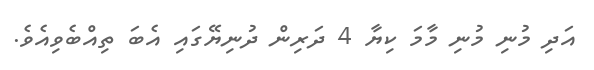
އަދި މުނި މުނި މާމަ ކިޔާ 4 ދަރިން ދުނިޔޭގައި އެބަ ތިއްބެވިއެވެ.